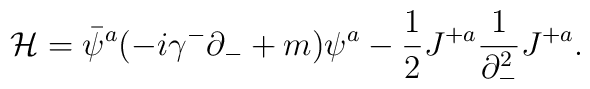
{\cal H}=\bar \psi^a(-i\gamma^-\partial_-+m)\psi^a-{1 \over 2}J^{+a}{1 \over \partial_-^2} J^{+a} .